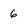
Character: 6